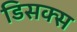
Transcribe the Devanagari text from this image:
डिसक्स